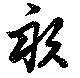
畝